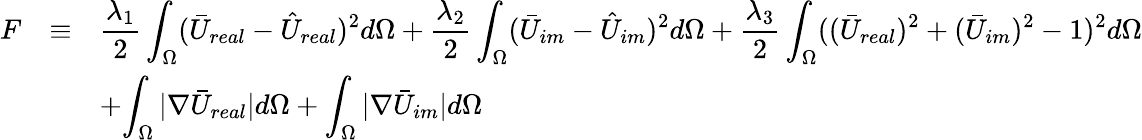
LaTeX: \begin{array}{rcl}{F}&{\equiv}&{\displaystyle{\frac{\lambda_{1}}{2}\int_{\Omega}(\bar{U}_{real}-\hat{U}_{real})^{2}d\Omega+\frac{\lambda_{2}}{2}\int_{\Omega}(\bar{U}_{im}-\hat{U}_{im})^{2}d\Omega+\frac{\lambda_{3}}{2}\int_{\Omega}((\bar{U}_{real})^{2}+(\bar{U}_{im})^{2}-1)^{2}d\Omega}}\\ &&{+\displaystyle{\int_{\Omega}|\nabla\bar{U}_{real}|d\Omega+\int_{\Omega}|\nabla\bar{U}_{im}|d\Omega}}\end{array}